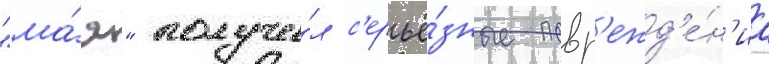
"ма́я" получи́л с'ерьё́зные повр'ежд'е́н'иа